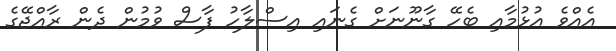
އެއްވެ އުޅުމާއި ބެހޭ ގާނޫނަށް ގެނައި އިސްލާހު ފާސް ވުމުން ދެން ރާއްޖޭގެ